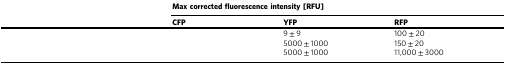
<table><thead><tr><td rowspan="2">[EMPTY_CELL]</td><td colspan="3"><b>Max corrected fluorescence intensity [RFU]</b></td></tr><tr><td><b>CFP</b></td><td><b>YFP</b></td><td><b>RFP</b></td></tr></thead><tbody><tr><td>[EMPTY_CELL]</td><td>[EMPTY_CELL]</td><td>9 ± 9</td><td>100 ± 20</td></tr><tr><td>[EMPTY_CELL]</td><td>[EMPTY_CELL]</td><td>5000 ± 1000</td><td>150 ± 20</td></tr><tr><td>[EMPTY_CELL]</td><td>[EMPTY_CELL]</td><td>5000 ± 1000</td><td>11,000 ± 3000</td></tr></tbody></table>